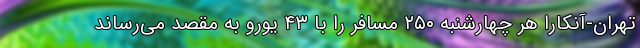
تهران-آنکارا هر چهارشنبه ۲۵۰ مسافر را با ۴۳ یورو به مقصد می‌رساند